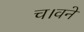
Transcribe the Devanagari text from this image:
च।वने